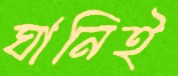
ঘানিই